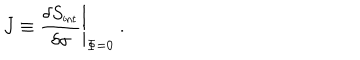
J \equiv \left. { \frac { \delta S _ { \mathrm { { \small i n t } } } } { \delta \sigma } } \right| _ { \Phi = 0 } ~ .